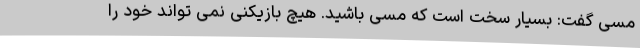
مسی گفت: بسیار سخت است که مسی باشید. هیچ بازیکنی نمی تواند خود را